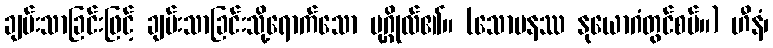
ချမ်းသာခြင်းဖြင့် ချမ်းသာခြင်းသို့ရောက်သော ပုဂ္ဂိုလ်၏။ (သောမနဿ နုယောဂံတွင်စပ်။) ဟီနံ၊